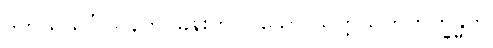
ဒုတိယသင်္ဂါယနတင်ခန်းကို ပြသော သတ္တသတိကက္ခန္ဓက